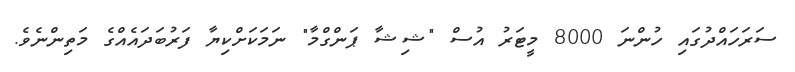
ސަރަހައްދުގައި ހުންނަ 8000 މީޓަރު އުސް "ޝިޝާ ޕަންގްމާ" ނަމަކަށްކިޔާ ފަރުބަދައެއްގެ މަތިންނެވެ.